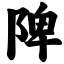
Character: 陴